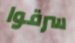
سرقوا